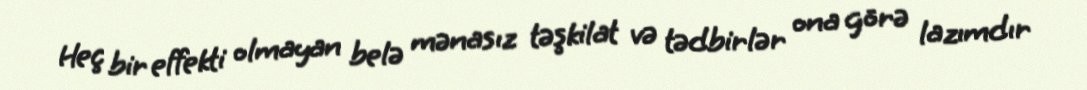
Heç bir effekti olmayan belə mənasız təşkilat və tədbirlər ona görə lazımdır